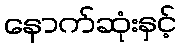
နောက်ဆုံးနှင့်